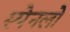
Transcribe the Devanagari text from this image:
स्पेनलो